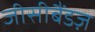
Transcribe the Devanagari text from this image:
जीसीबैंडज़